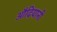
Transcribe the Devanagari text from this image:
औदियानी